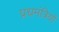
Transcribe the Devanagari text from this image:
प्रधमंत्रियों